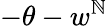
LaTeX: -\theta-w^{\mathbb{N}}